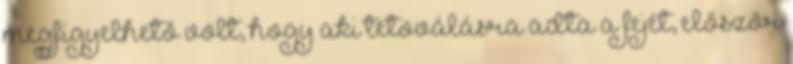
megfigyelhető volt, hogy aki tetoválásra adta a fejét, először